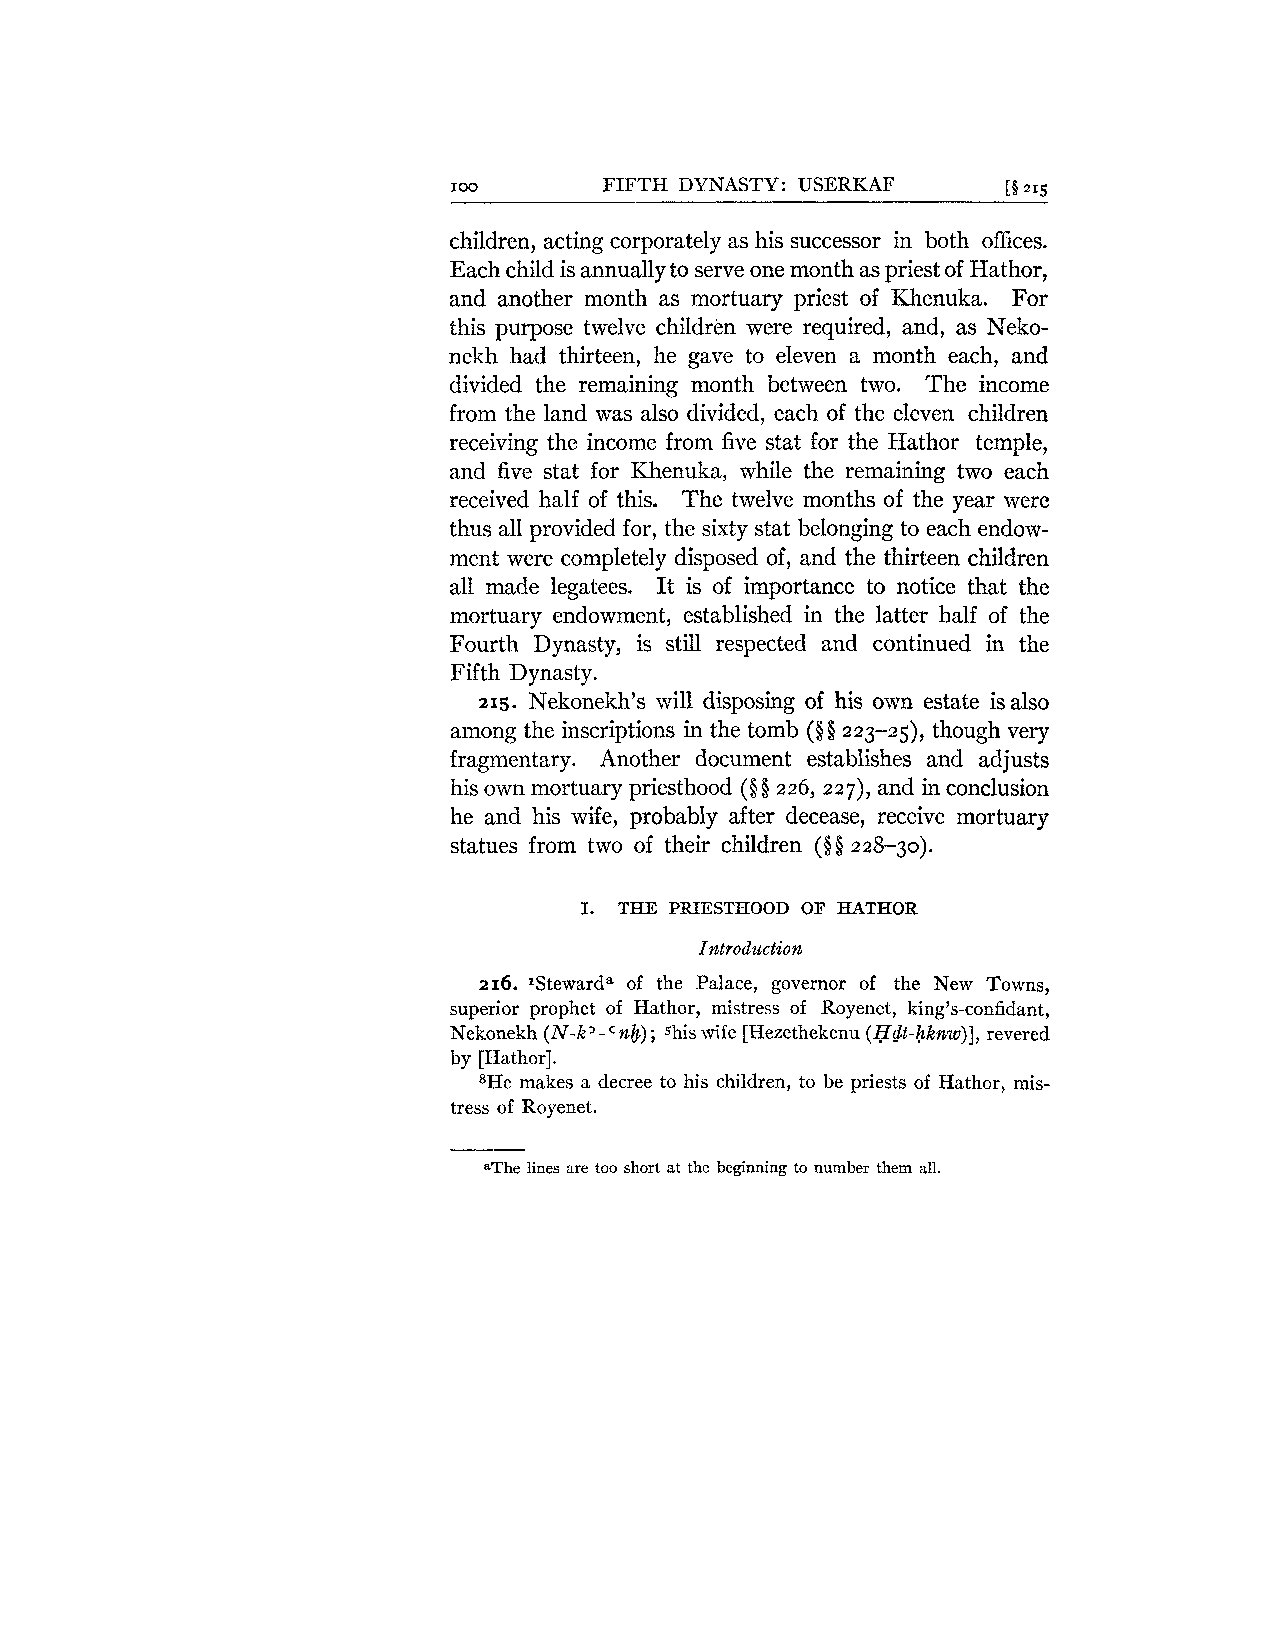
100       FIFTH DYNASTY: USERKAF     [5 215
 children, acting corporately as his successor in both offices.
 Each child is annually to serve one month as priest of Hathor,
 and another month as mortuary priest of Khenuka. For
 this purpose twelve children were required, and, as Neko-
 nekh had thirteen, he gave to eleven a month each, and
 divided the remaining month between two. The income
 from the land was also divided, each of the eleven children
 receiving the income from five stat for the Hathor temple,
 and five stat for Khenuka, while the remaining two each
 received half of this. The twelve months of the year were
 thus all provided for, the sixty stat belonging to each endow-
 ment were completely disposed of, and the thirteen children
 all made legatees. It is of importance to notice that the
 mortuary endowment, established in the latter half of the
 Fourth Dynasty, is still respected and continued in the
 Fifth Dynasty.
 21s. Nekonekh7s will disposing of his own estate is also
 among the inscriptions in the tomb (Q2Q2 3-25), though very
 fragmentary. Another document establishes and adjusts
 his own mortuary priesthood (0 Q 226, 7), and in conclusion
 2 2
 he and his wife, probably after decease, receive mortuary
 statues from two of their children ($02 28-30).
 I. THE PRIESTHOOD OF HATHOR
 216. ~Stewardao f the Palace, governor of the New Towns,
 superior prophet of Hathor, mistress of Royenet, king's-confidant,
 Nekonekh (N-k' - nb) ; 5his wife [Hezethekenu (Hdt-hknw)]r,e vered
 by [Hathor].
 SHe makes a decree to his children, to be priests of Hathor, mis-
 tress of Royenet.
 aThe lines are too short at the beginning to number them all.